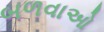
બળવાઓ